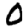
Digit: 0